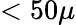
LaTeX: <50\mu